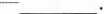
___.